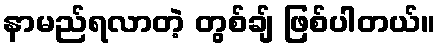
နာမည်ရလာတဲ့ တွစ်ချ် ဖြစ်ပါတယ်။